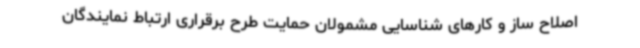
اصلاح ساز و کارهای شناسایی مشمولان حمایت طرح برقراری ارتباط نمایندگان